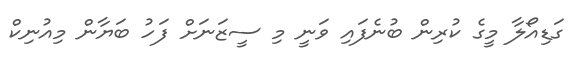
ގަޑިއޯލާ މީގެ ކުރިން ބުނެފައި ވަނީ މި ސީޒަނަށް ފަހު ބަޔާން މިއުނިކް